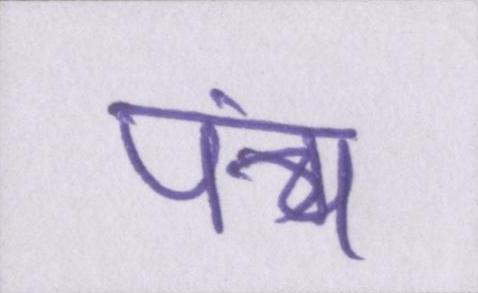
पंच